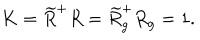
LaTeX: K = \widetilde { R } ^ { + } R = \widetilde { R } _ { g } ^ { + } R _ { g } = 1 .